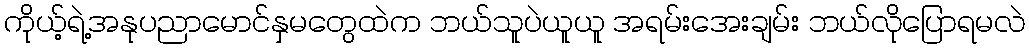
ကိုယ့်ရဲ့အနုပညာမောင်နှမတွေထဲက ဘယ်သူပဲယူယူ အရမ်းအေးချမ်း ဘယ်လိုပြောရမလဲ